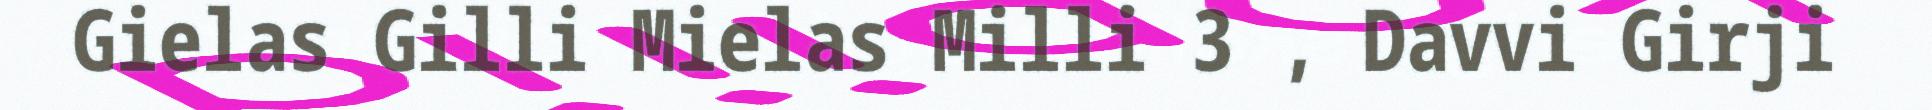
Gielas Gilli Mielas Milli 3 , Davvi Girji